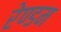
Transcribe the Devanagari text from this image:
रेण्डम